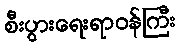
စီးပွားရေးရာဝန်ကြီး